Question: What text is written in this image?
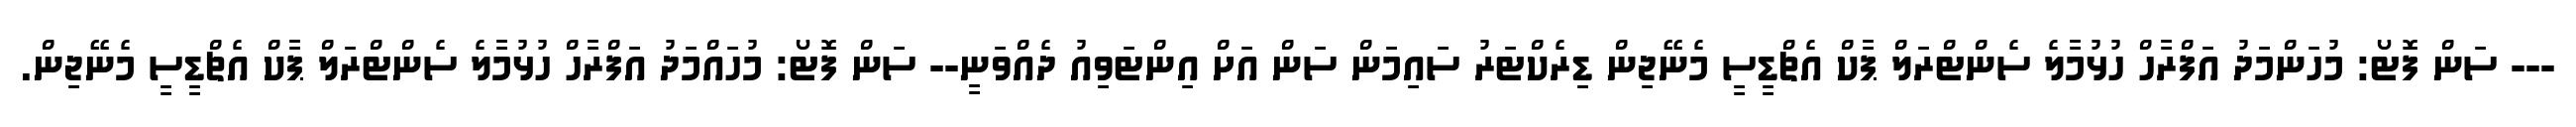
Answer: --- ސަން ފޮޓޯ: މުހަންމަދު އަފްރާހް ހުޅުމާލެ ސެންޓްރަލް ޕާކް އެޗްޑީސީ މެނޭޖިން ޑިރެކްޓަރު ސައިމަން ސަން އަށް އިންޓަވިއު ދެއްވަނީ-- ސަން ފޮޓޯ: މުހައްމަދު އަފްރާހް ހުޅުމާލެ ސެންޓްރަލް ޕާކް އެޗްޑީސީ މެނޭޖިން.